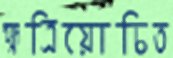
ক্ষত্রিয়োচিত